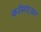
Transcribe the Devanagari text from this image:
कॉमएअर